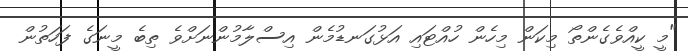
"މީ ކީއްވެގެންތޯ މިކަން މިހެން ހުއްޓައި އަޅުގަނޑުމެން އިސްލާމުންނަށްވެ ތިބެ މީނަގެ ފަހަތުން